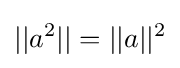
||a^{2}||=||a||^{2}